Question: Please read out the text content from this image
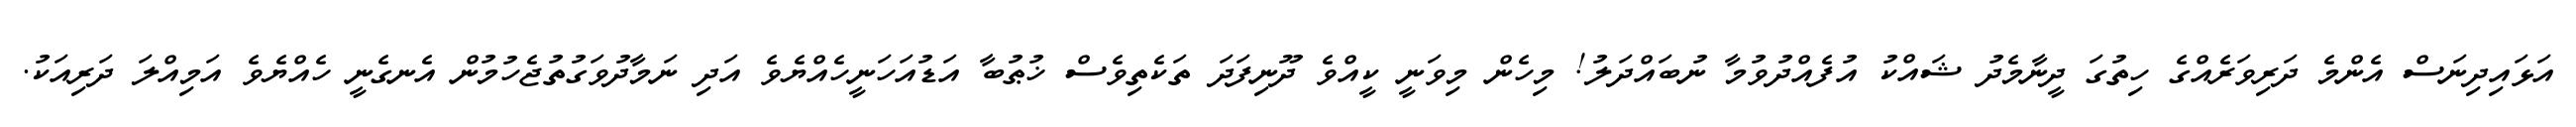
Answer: އަޅައިދިނަސް އެންމެ ދަރިވަރެއްގެ ހިތުގަ ދީނާމެދު ޝައްކު އުފެއްދުވުމާ ނުބައްދަލު! މިހެން މިވަނީ ކީއްވެ ދޫނިފަދަ ތަކެތިވެސް ޚުޠުބާ އަޑުއަހަނީހެއްޔެވެ އަދި ނަމާދުވަގުތުޖެހުމުން އެނގެނީ ހެއްޔެވެ އަމިއްލަ ދަރިއަކު.